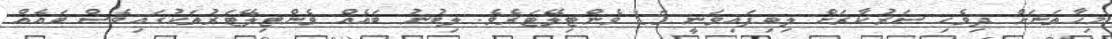
މިހާތަނަށް ދިވެހި ސަރުކާރަށް ލިބިފައިވަނީ 15 ވެންޓިލޭޓަރެވެ. ލިބުނު ބައެއް ވެންޓިލޭޓަރުތަކުގައިވެސް ބައެއް